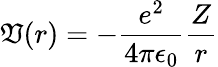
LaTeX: \mathfrak{V}(r)=-\frac{{e^{2}}}{{4\pi\epsilon_{0}}}\frac{{Z}}{{r}}